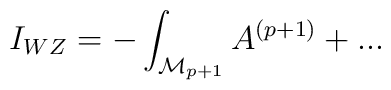
I_{WZ}=-\int_{{\cal M}_{p+1}} A^{(p+1)}+...